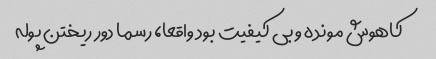
کاهوش مونده و بی کیفیت بود واقعا، رسما دور ریختن پوله